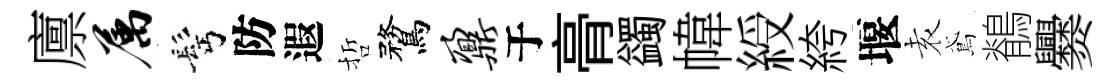
廪属髩防遐哲鶩鼐于𮌔蠲幃綬絝堰𡊮鳶鶺爨